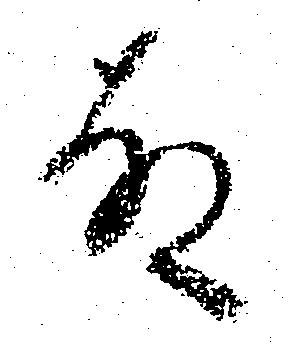
故